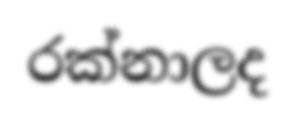
රක්නාලද